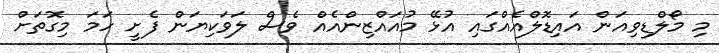
މި މޯލްޑިވިއަން އައިޑޮލްއެއްގައި އުޅޭ މުއައްޒިންއެއް ވެސް ލަވަކިޔަން ފެށީ ހަމަ މިގޮތަށް